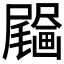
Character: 𤳰